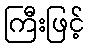
ကြီးဖြင့်